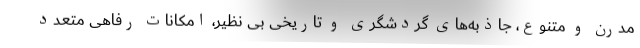
مدرن و متنوع، جاذبه‌های گردشگری و تاریخی بی نظیر، امکانات رفاهی متعدد